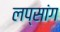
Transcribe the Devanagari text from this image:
लप्सांग